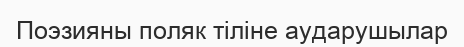
Поэзияны поляк тіліне аударушылар